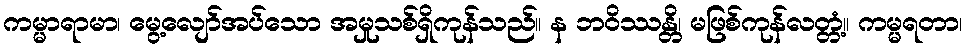
ကမ္မာရာမာ၊ မွေ့လျော်အပ်သော အမှုသစ်ရှိကုန်သည်။ န ဘဝိဿန္တိ၊ မဖြစ်ကုန်လတ္တံ့။ ကမ္မရတာ၊